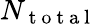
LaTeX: N_{\mathrm{~t~o~t~a~l~}}